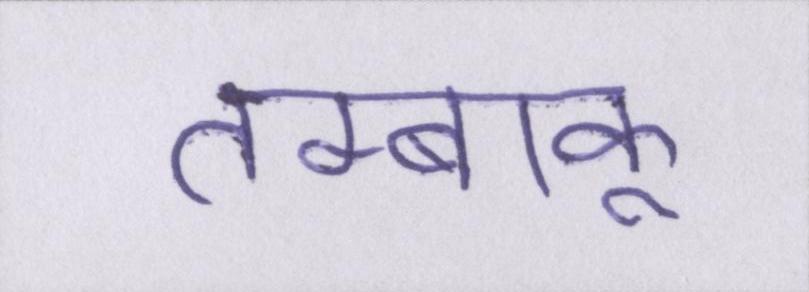
तम्बाकू